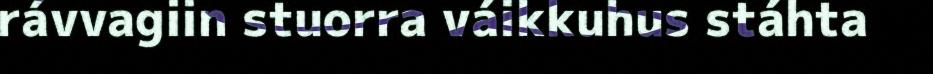
rávvagiin stuorra váikkuhus stáhta